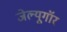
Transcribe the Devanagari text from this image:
जेल्यूगॉर